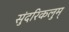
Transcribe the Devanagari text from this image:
सुंदरिकलुम्